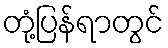
တုံ့ပြန်ရာတွင်